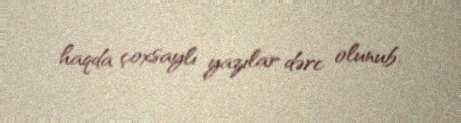
haqda çoxsaylı yazılar dərc olunub.